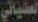
العضياني